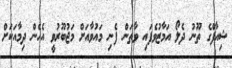
ޝިއާފްގެ ތޫނު ދެލޯ އަމާޒުވެފައި ވާތަން ފެނި މައުވާއަށް މަޖުބޫރުވީ އެހެން ދިމާއަކަށް